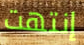
إنتهت